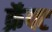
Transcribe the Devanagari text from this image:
क्रॅफ्ट